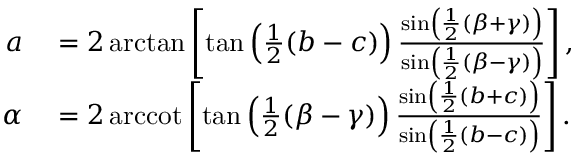
\begin{array} { r l } { a } & { { } = 2 \arctan \left[ \tan \left( { \frac { 1 } { 2 } } ( b - c ) \right) { \frac { \sin \left( { \frac { 1 } { 2 } } ( \beta + \gamma ) \right) } { \sin \left( { \frac { 1 } { 2 } } ( \beta - \gamma ) \right) } } \right] , } \\ { \alpha } & { { } = 2 \operatorname { a r c c o t } \left[ \tan \left( { \frac { 1 } { 2 } } ( \beta - \gamma ) \right) { \frac { \sin \left( { \frac { 1 } { 2 } } ( b + c ) \right) } { \sin \left( { \frac { 1 } { 2 } } ( b - c ) \right) } } \right] . } \end{array}